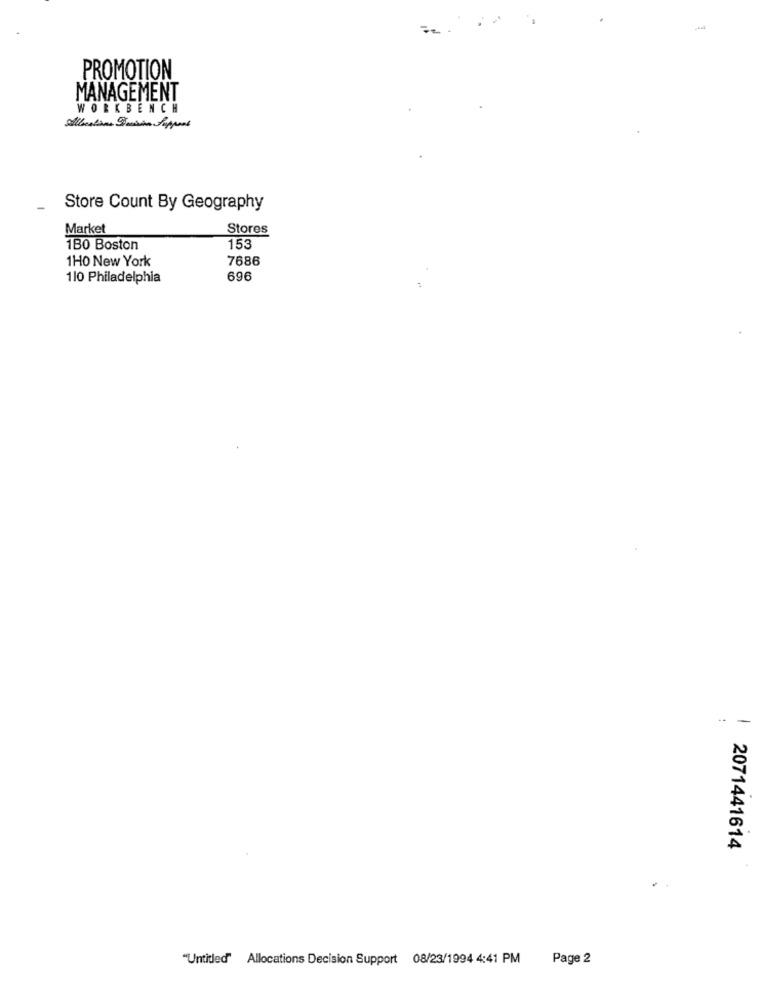
PROMOTION
MANAGEMENT
WORKBENCH
Store Count By Geography
Market
Stores
1B0 Boston
153
1H0 New York
7686
110 Philadelphia
696
-
2071441614
"Untitled" Allocations Decision Support 08/23/1994 4:41 PM Page 2